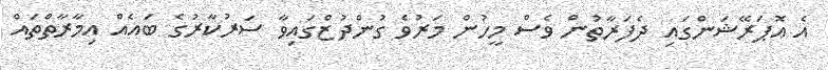
އެ އޮޕަރޭޝަންގައި ދެފަރާތުން ވެސް މީހުން މަރުވެ ގުންދުޒްގައިވާ ސަރުކާރުގެ ބައެއް އިމާރާތްތައް